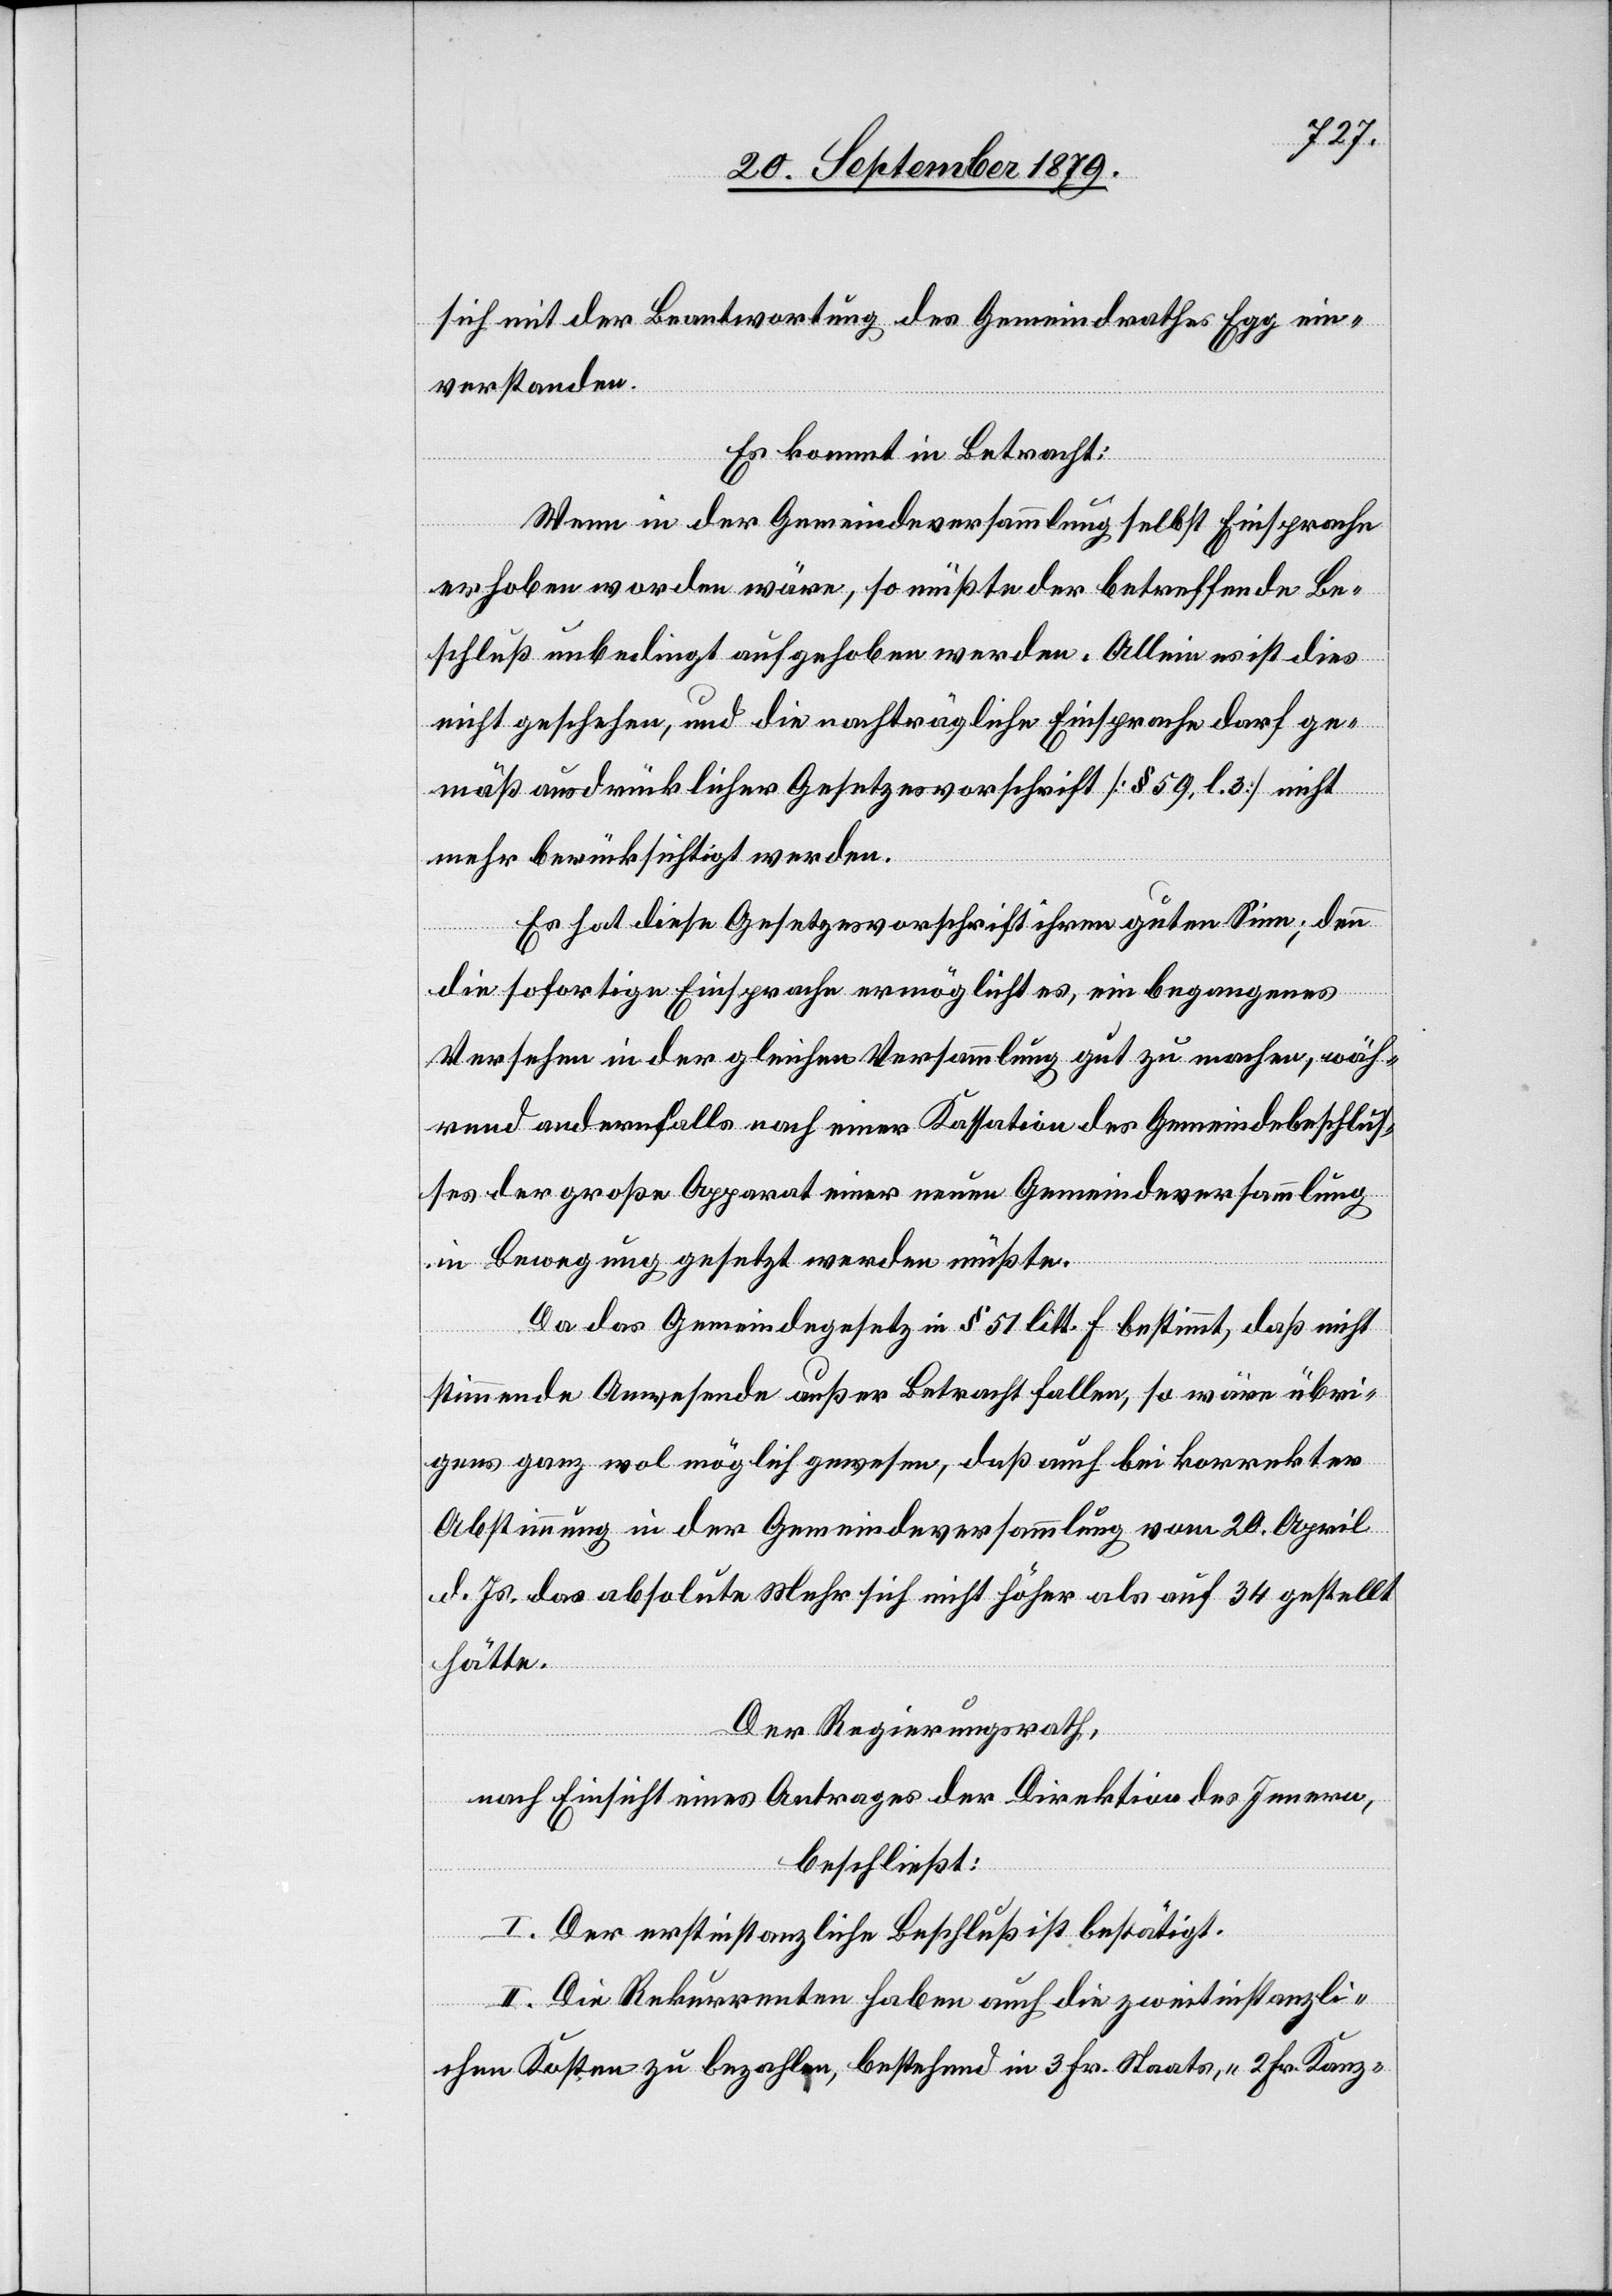
sich mit der Beantwortung des Gemeindrathes Egg ein¬
verstanden.
Es kommt in Betracht:
Wenn in der Gemeindeversammlung selbst Einsprache
erhoben worden wäre, so müßte der betreffende Be¬
schluß unbedingt aufgehoben werden. Allein es ist dies
nicht geschehen, und die nachträgliche Einsprache darf ge¬
mäß ausdrücklicher Gesetzesvorschrift [§ 59, l. 3] nicht
mehr berücksichtigt werden.
Es hat diese Gesetzesvorschrift ihren guten Sinn; denn
die sofortige Einsprache ermöglicht es, ein begangenes
Versehen in der gleichen Versammlung gut zu machen, wäh¬
rend andernfalls nach einer Kassation des Gemeindebeschlus¬
ses der große Apparat einer neuen Gemeindeversammlung
in Bewegung gesetzt werden müßte.
Da das Gemeindegesetz in § 51 litt. f bestimmt, daß nicht[-]s¬
timmende Anwesende außer Betracht fallen, so wäre übri¬
gens ganz wol möglich gewesen, daß auch bei korrekter
Abstimmung in der Gemeindeversammlung vom 20. April
d. Js. das absolute Mehr sich nicht höher als auf 34 gestellt
hätte.
Der Regierungsrath,
nach Einsicht eines Antrages der Direktion des Innern,
beschließt:
I. Der erstinstanzliche Beschluß ist bestätigt.
II. Die Rekurrenten haben auch die zweitinstanzli¬
chen Kosten zu bezahlen, bestehend in 3 Fr. Staats-, 2 Fr. Kanz-